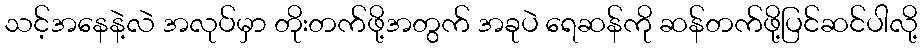
သင့်အနေနဲ့လဲ အလုပ်မှာ တိုးတက်ဖို့အတွက် အခုပဲ ရေဆန်ကို ဆန်တက်ဖို့ပြင်ဆင်ပါလို့